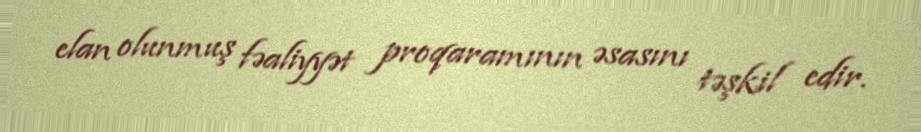
elan olunmuş fəaliyyət proqaramının əsasını təşkil edir.